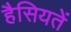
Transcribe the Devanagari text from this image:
हैसियतें